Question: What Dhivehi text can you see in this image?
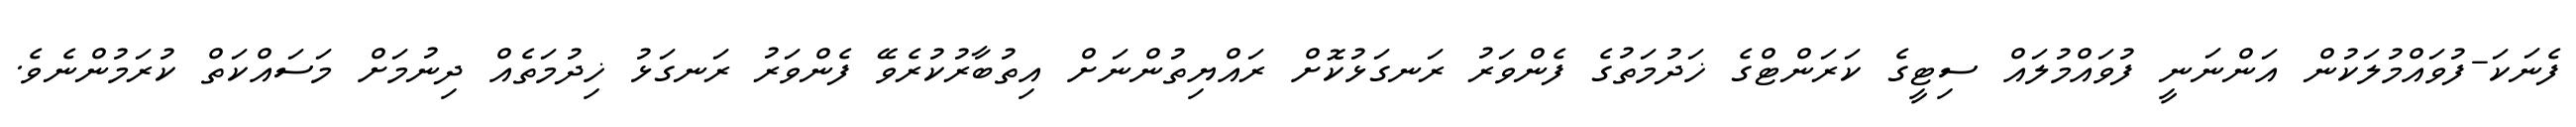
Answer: ފެނަކަ-ފުވައްމުލަކުން އަންނަނީ ފުވައްމުލައް ސިޓީގެ ކަރަންޓްގެ ޚަދުމަތުގެ ފެންވަރު ރަނގަޅުކޮށް ރައްޔިތުންނަށް އިތުބާރުކުރެވޭ ފެންވަރު ރަނގަޅު ޚިދުމަތެއް ދިނުމަށް މަސައްކަތް ކުރަމުންނެވެ.